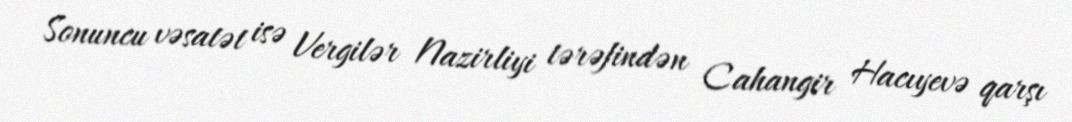
Sonuncu vəsatət isə Vergilər Nazirliyi tərəfindən Cahangir Hacıyevə qarşı